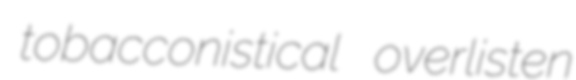
tobacconistical overlisten